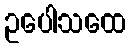
ဥပေါသထေ